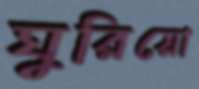
ঘুরিয়ো